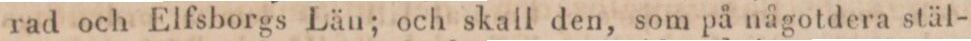
rad och Elfsborgs Län; och skall den, som på någotdera stäl-